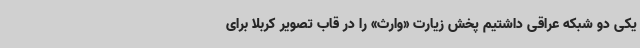
یکی دو شبکه عراقی داشتیم پخش زیارت «وارث» را در قاب تصویر کربلا برای